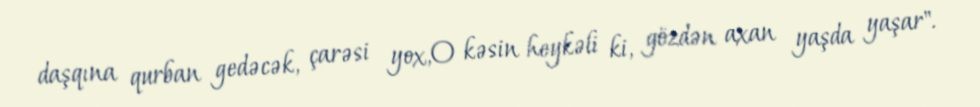
daşqına qurban gedəcək, çarəsi yox,O kəsin heykəli ki, gözdən axan yaşda yaşar".